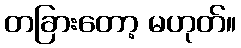
တခြားတော့ မဟုတ်။